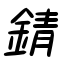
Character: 錆